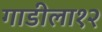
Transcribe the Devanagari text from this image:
गाडीला१२